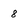
Character: 8